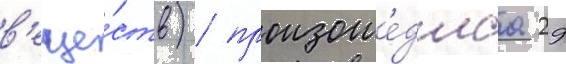
в'еще́ств) / произоше́дшаа 29